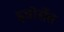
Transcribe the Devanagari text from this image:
इन्नोसेंत